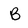
Character: B